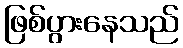
ဖြစ်ပွားနေသည်